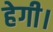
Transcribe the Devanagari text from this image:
हेगी।